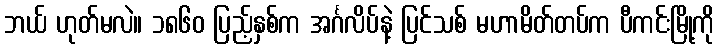
ဘယ် ဟုတ်မလဲ။ ၁၈၆၀ ပြည့်နှစ်က အင်္ဂလိပ်နဲ့ ပြင်သစ် မဟာမိတ်တပ်က ပီကင်းမြို့ကို